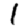
Digit: 1